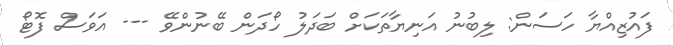
ފައުޒިއްޔާ ހަސަން: ލިބުނު އަނިޔާތަކަށް ބަދަލު ހޯދަން ބޭނުންވޭ --- އަވަސް ފޮޓޯ